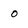
Character: O